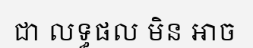
ជា លទ្ធផល មិន អាច